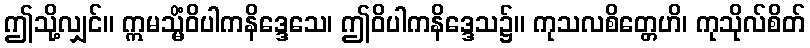
ဤသို့လျှင်။ ဣမသ္မိံဝိပါကနိဒ္ဒေသေ၊ ဤဝိပါကနိဒ္ဒေသ၌။ ကုသလစိတ္တေဟိ၊ ကုသိုလ်စိတ်